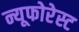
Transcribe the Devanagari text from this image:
न्यूफोरेस्ट